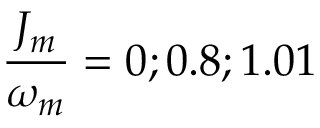
\frac { J _ { m } } { \omega _ { m } } = 0 ; 0 . 8 ; 1 . 0 1